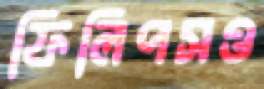
ফিলিপসও